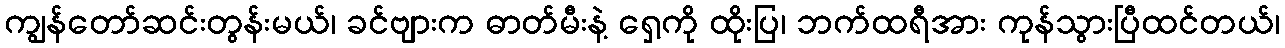
ကျွန်တော်ဆင်းတွန်းမယ်၊ ခင်ဗျားက ဓာတ်မီးနဲ့ ရှေ့ကို ထိုးပြ၊ ဘက်ထရီအား ကုန်သွားပြီထင်တယ်၊